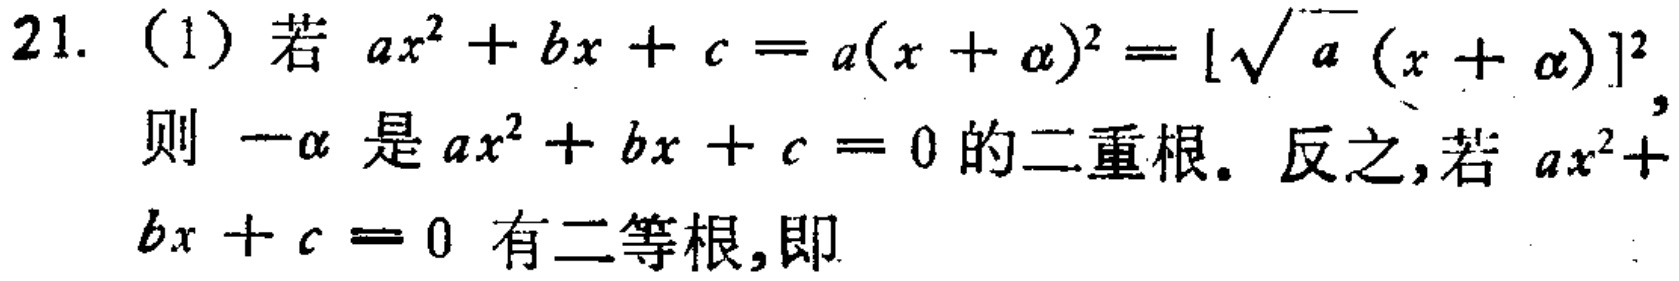
21. (1) 若 \(ax^{2}+bx + c=a(x + \alpha)^{2}=[\sqrt{a}(x + \alpha)]^{2}\)，则 \(-\alpha\) 是 \(ax^{2}+bx + c = 0\) 的二重根。反之，若 \(ax^{2}+bx + c = 0\) 有二等根，即